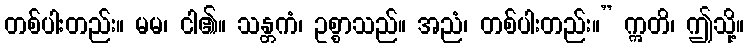
တစ်ပါးတည်း။ မမ၊ ငါ၏။ သန္တကံ၊ ဥစ္စာသည်။ အညံ၊ တစ်ပါးတည်း။” ဣတိ၊ ဤသို့။